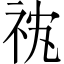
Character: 𮁡